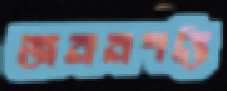
জননশক্তি